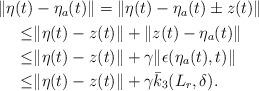
LaTeX: \begin{align*}\begin{aligned}\|\eta(t)&-\eta_a(t)\| = \|\eta(t)-\eta_a(t) \pm z(t)\| \\\le &\|\eta(t)-z(t)\|+\|z(t)-\eta_a(t)\|\\\le & \|\eta(t)-z(t)\| +\gamma \|\epsilon(\eta_a(t),t)\|\\\le & \|\eta(t)-z(t)\| +\gamma \bar{k}_3(L_r,\delta).\end{aligned}\end{align*}